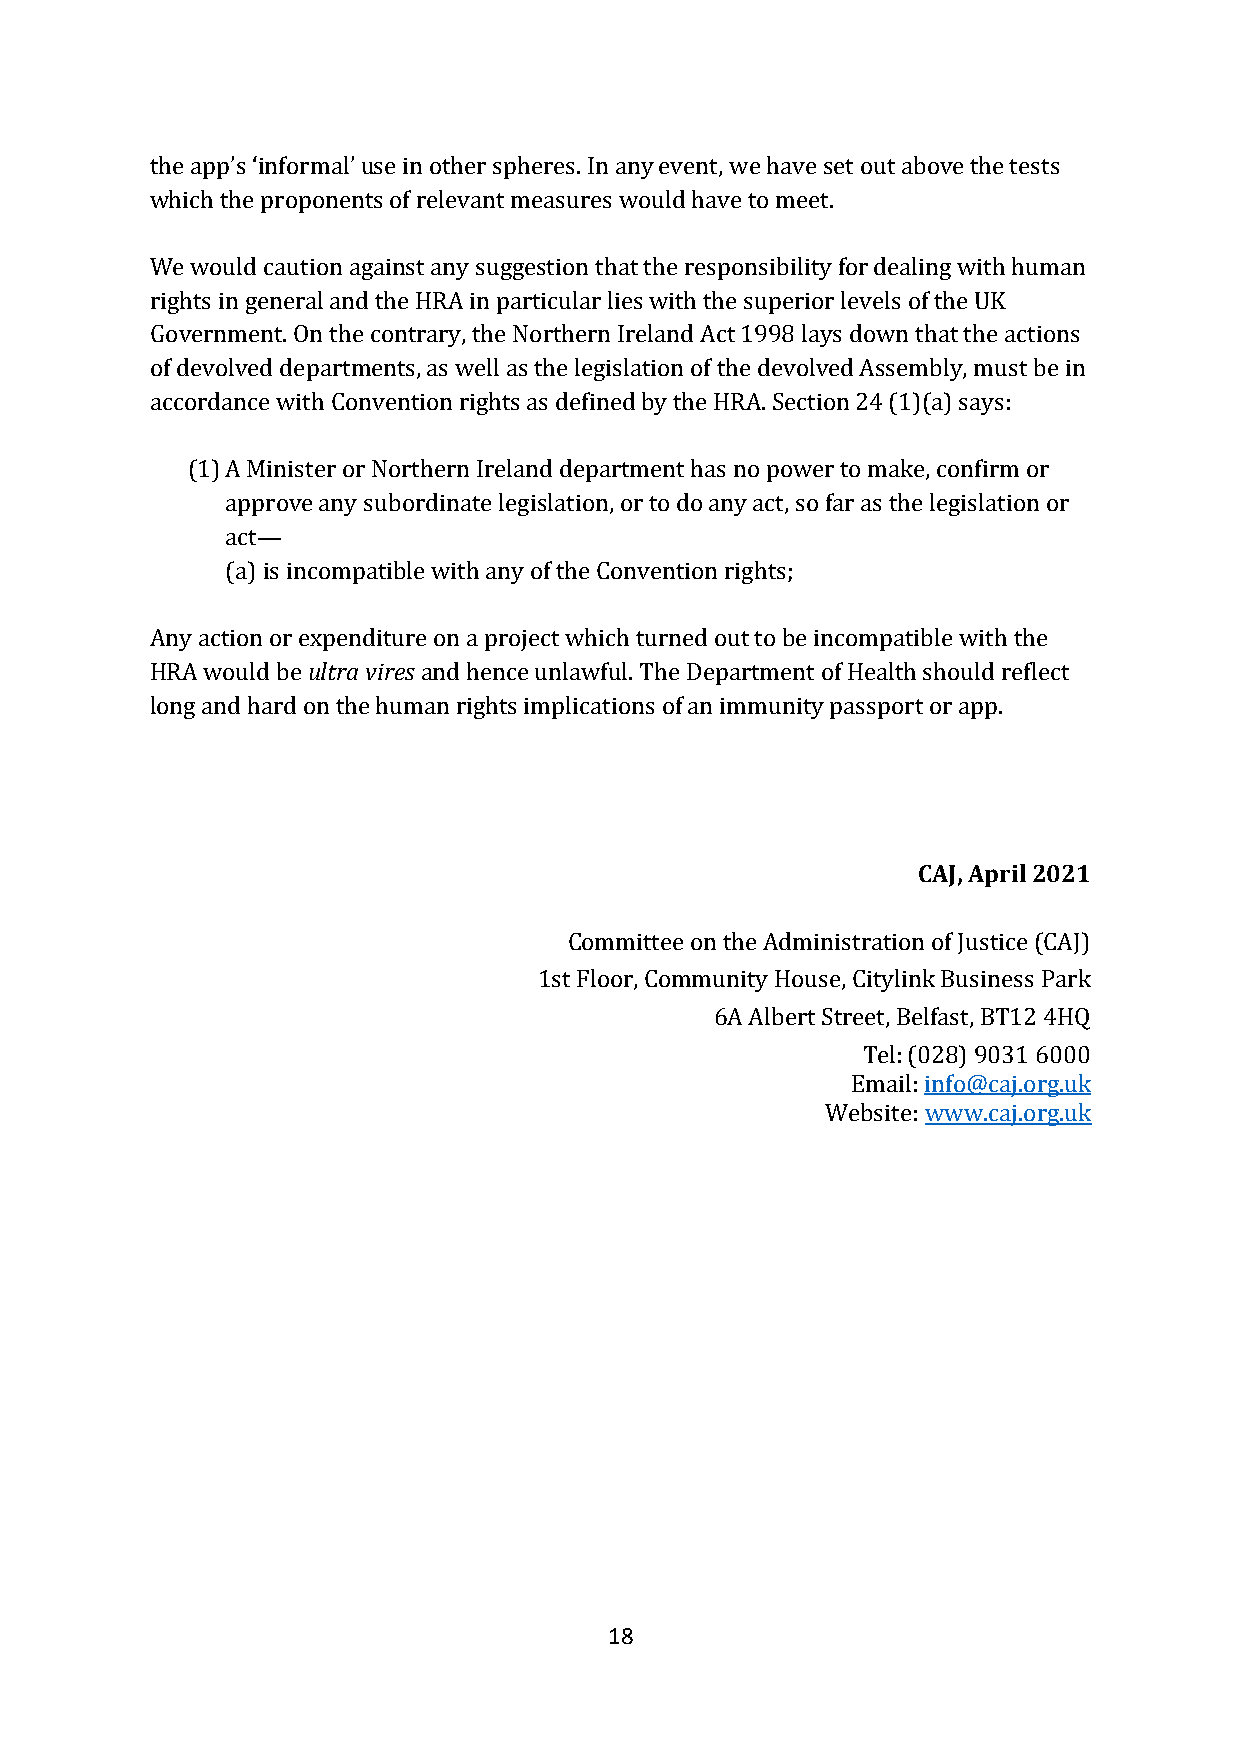
the app’s ‘informal’ use in other spheres. In any event, we have set out above the tests
 which the proponents of relevant measures would have to meet.
 We would caution against any suggestion that the responsibility for dealing with human
 rights in general and the HRA in particular lies with the superior levels of the UK
 Government. On the contrary, the Northern Ireland Act 1998 lays down that the actions
 of devolved departments, as well as the legislation of the devolved Assembly, must be in
 accordance with Convention rights as defined by the HRA. Section 24 (1)(a) says:
 (1) A Minister or Northern Ireland department has no power to make, confirm or
 approve any subordinate legislation, or to do any act, so far as the legislation or
 act—
 (a) is incompatible with any of the Convention rights;
 Any action or expenditure on a project which turned out to be incompatible with the
 HRA would be ultra vires and hence unlawful. The Department of Health should reflect
 long and hard on the human rights implications of an immunity passport or app.
 CAJ, April 2021
 Committee on the Administration of Justice (CAJ)
 1st Floor, Community House, Citylink Business Park
 6A Albert Street, Belfast, BT12 4HQ
 Tel: (028) 9031 6000
 Email: info@caj.org.uk
 Website: www.caj.org.uk
 18